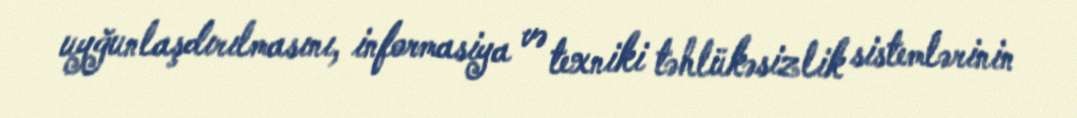
uyğunlaşdırılmasını, informasiya və texniki təhlükəsizlik sistemlərinin